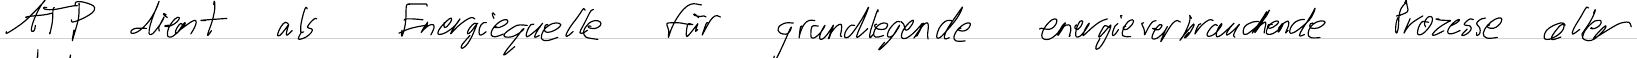
ATP dient als Energiequelle für grundlegende energieverbrauchende Prozesse aller